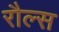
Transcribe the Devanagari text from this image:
रौल्स